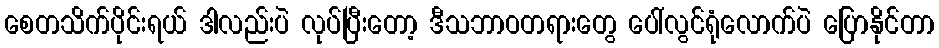
စေတသိက်ပိုင်းရယ် ဒါလည်းပဲ လုပ်ပြီးတော့ ဒီသဘာဝတရားတွေ ပေါ်လွင်ရုံလောက်ပဲ ပြောနိုင်တာ